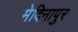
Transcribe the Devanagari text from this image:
मेदिनापुर